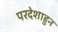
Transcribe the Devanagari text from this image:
परदेशाहुन